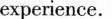
experience.